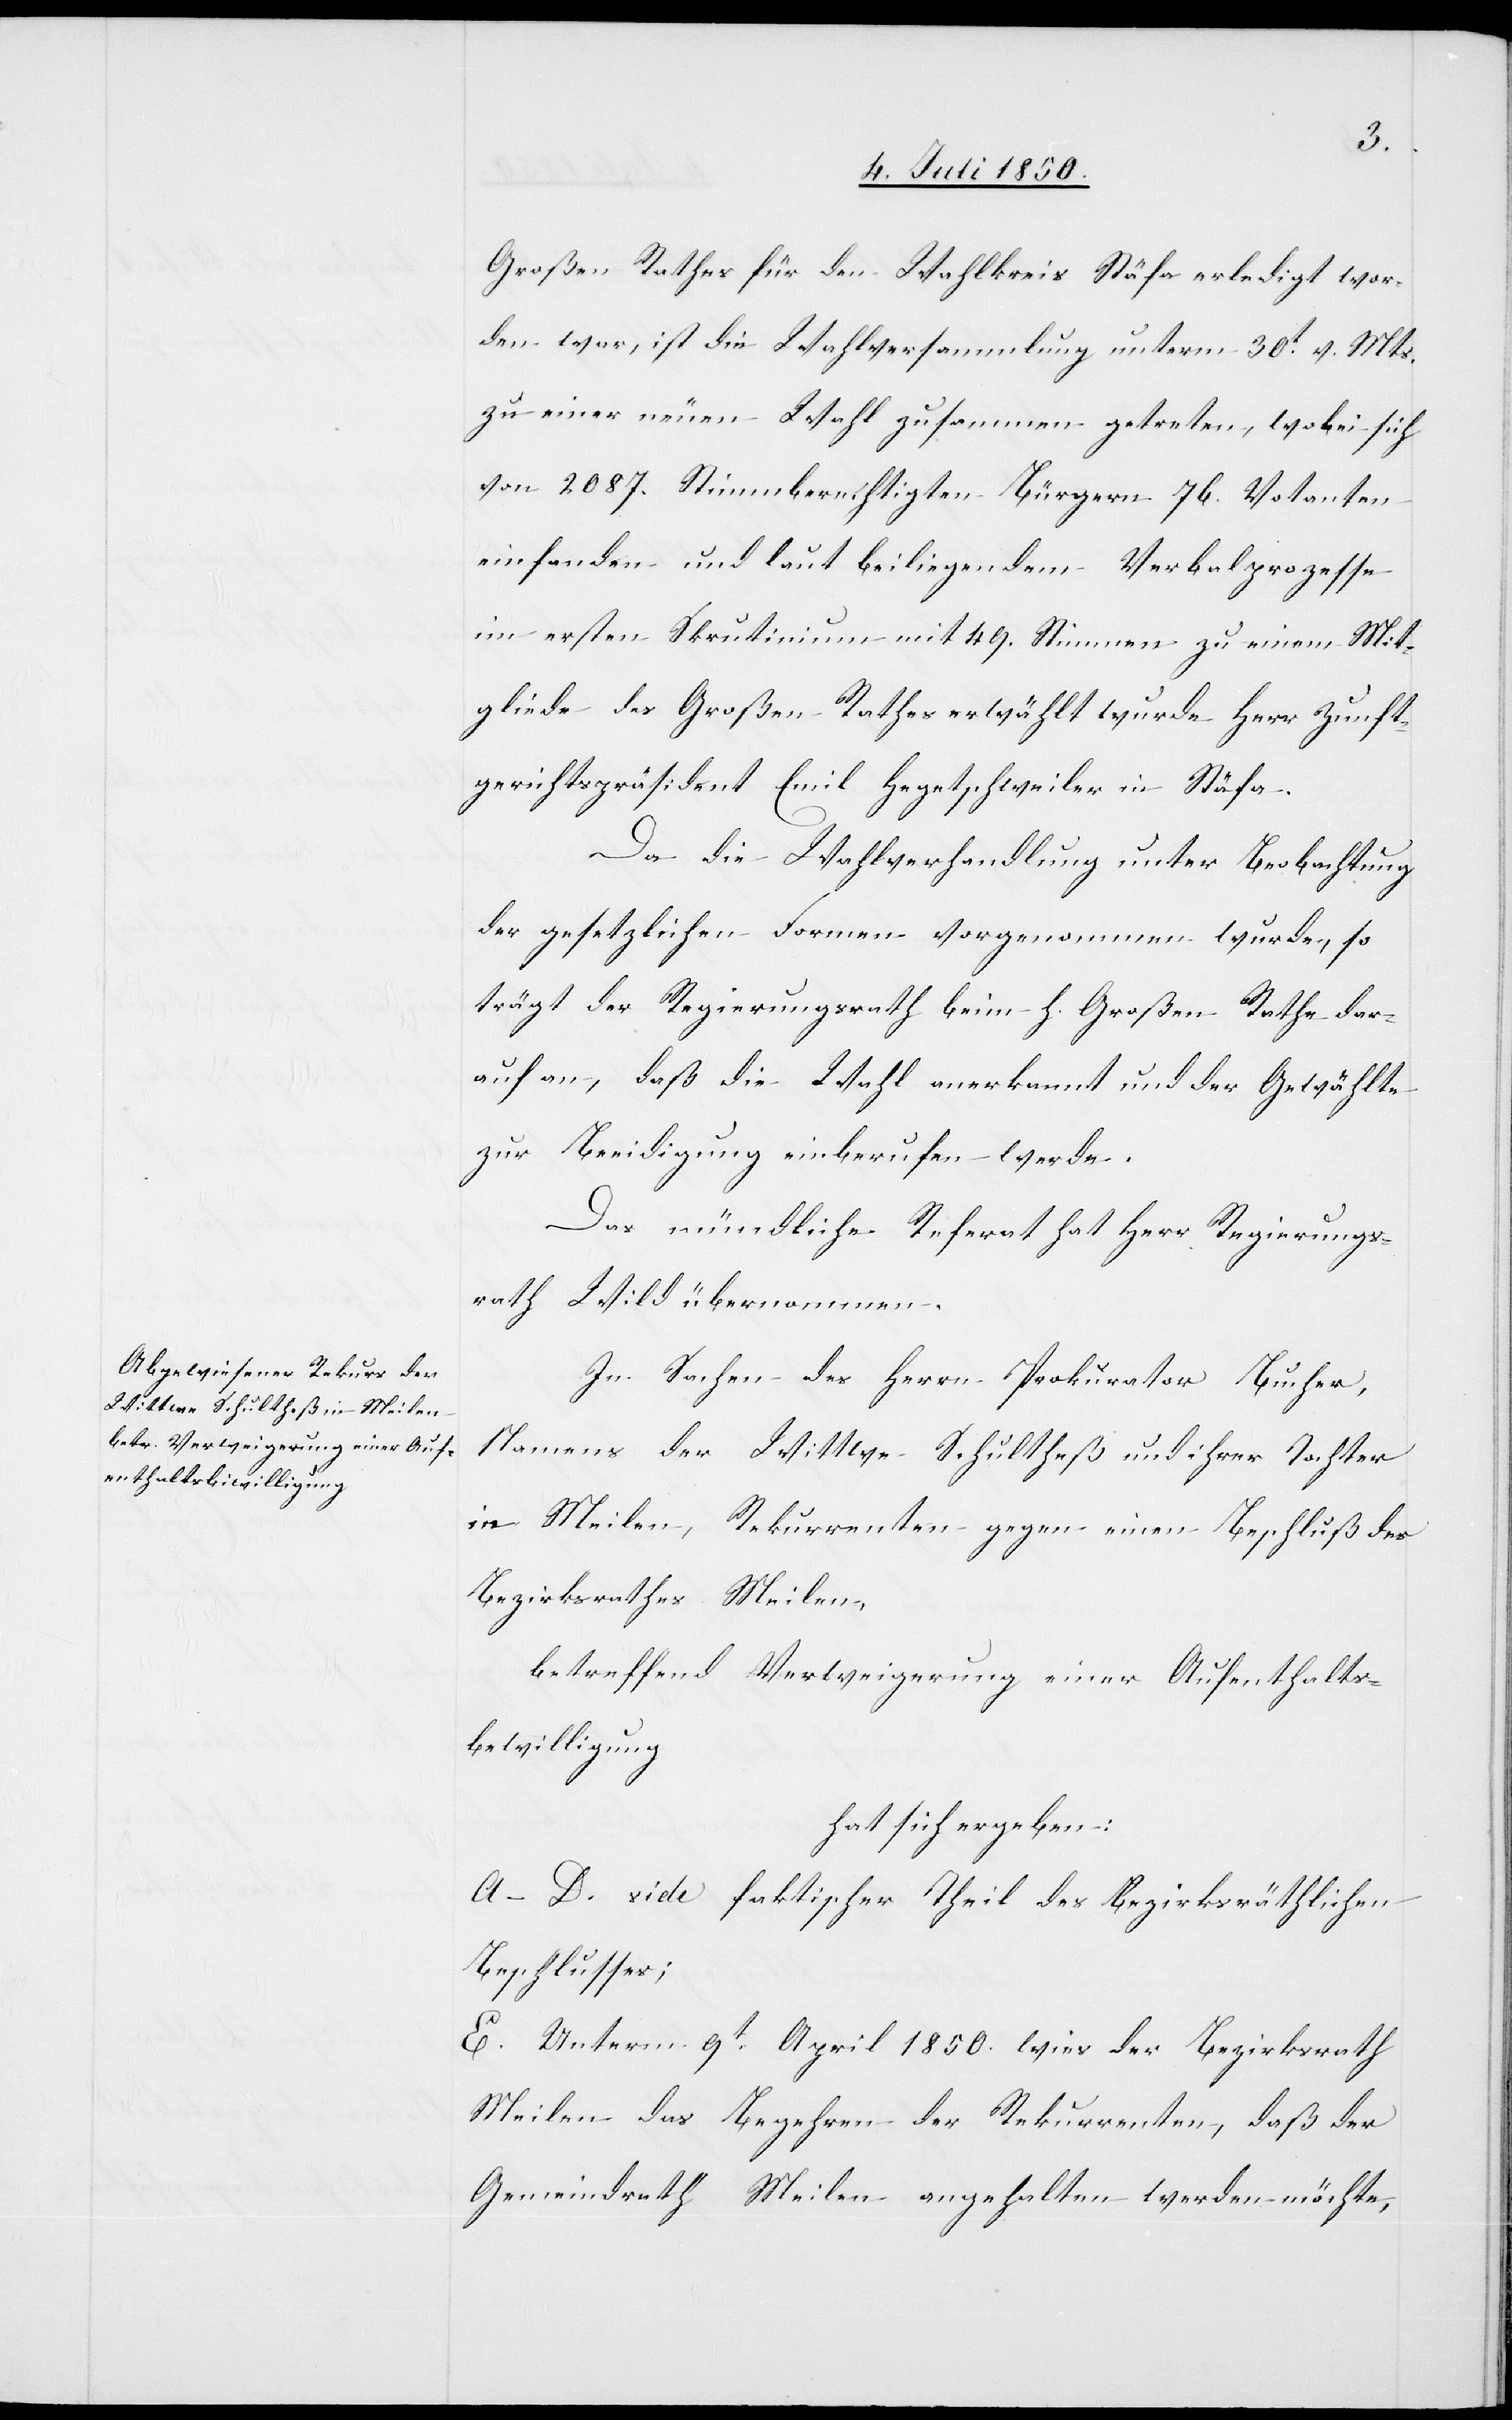
Großen Rathes für den Wahlkreis Stäfa erledigt wor¬
den war, ist die Wahlversammlung unterm 30t v. Mts.
zu einer neuen Wahl zusammen getreten, wobei sich
von 2087. Stimmberechtigten Bürgern 76. Votanten
einfanden und laut beiliegendem Verbalprozesse
im ersten Skrutinium mit 49. Stimmen zu einem Mit¬
gliede des Großen Rathes erwählt wurde Herr Zunft¬
gerichtspräsident Emil Hegetschweiler in Stäfa.
Da die Wahlverhandlung unter Beobachtung
der gesetzlichen Formen vorgenommen wurde, so
trägt der Regierungsrath beim h. Großen Rathe dar¬
auf an, daß die Wahl anerkannt und der Gewählte
zur Beeidigung einberufen werde.
Das mündliche Referat hat Herr Regierungs¬
rath Wild übernommen.
In Sachen des Herrn Prokurator Bucher,
Namens der Wittwe Schultheß und ihrer Tochter
in Meilen, Rekurrenten gegen einen Beschluß des
Bezirksrathes Meilen,
betreffend Verweigerung einer Aufenthalts¬
bewilligung
hat sich ergeben:
A–D. vide faktischer Theil des Bezirksräthlichen
Beschlusses;
E. Unterm 9t April 1850. wies der Bezirksrath
Meilen das Begehren der Rekurrenten, daß der
Gemeindrath Meilen angehalten werden möchte,